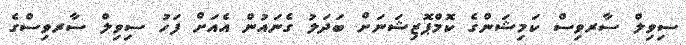
ސިވިލް ސާރވިސް ކަމިޝަންގެ ކޮމްޕޮޒިޝަނަށް ބަދަލު ގެނައުން އެއަށް ފަހު ސިވިލް ސާރވިސްގެ